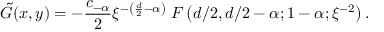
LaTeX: \tilde { G } ( x , y ) = - \frac { c _ { - \alpha } } 2 \xi ^ { - \left( \frac { d } 2 - \alpha \right) } \; F \left( d / 2 , d / 2 - \alpha ; 1 - \alpha ; \xi ^ { - 2 } \right) .